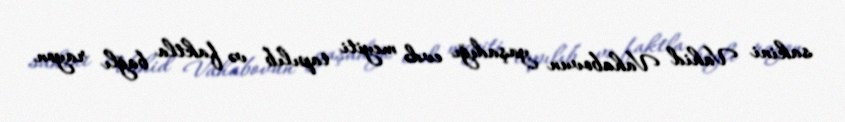
sakini Vahid Vahabovun yaşadığı evdə meyiti tapılıb və faktla bağlı rayon